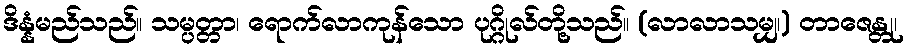
ဒိန္နံမည်သည်။ သမ္ပတ္တာ၊ ရောက်လာကုန်သော ပုဂ္ဂိုလ်တို့သည်။ (လာလာသမျှ၊) တာဇေန္တု၊